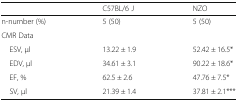
<table><thead><tr><td>[EMPTY_CELL]</td><td><b>C57BL/6 J</b></td><td><b>NZO</b></td></tr></thead><tbody><tr><td>n-number (%)</td><td>5 (50)</td><td>5 (50)</td></tr><tr><td colspan="3">CMR Data</td></tr><tr><td> ESV, μl</td><td>13.22 ± 1.9</td><td>52.42 ± 16.5*</td></tr><tr><td> EDV, μl</td><td>34.61 ± 3.1</td><td>90.22 ± 18.6*</td></tr><tr><td> EF, %</td><td>62.5 ± 2.6</td><td>47.76 ± 7.5*</td></tr><tr><td> SV, μl</td><td>21.39 ± 1.4</td><td>37.81 ± 2.1***</td></tr></tbody></table>